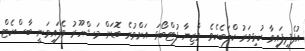
އުފެދިފައިވާ ކުޅިވަރު ކްލަބެކެވެ. މާޒިޔާ ފުޓްބޯޅަ އަށްވުރެ ބޮޑަށް މަޝްހޫރު ވެފައިވަނީ ބާސްކެޓް